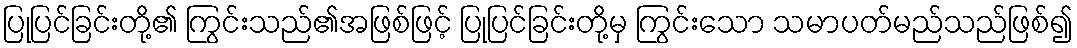
ပြုပြင်ခြင်းတို့၏ ကြွင်းသည်၏အဖြစ်ဖြင့် ပြုပြင်ခြင်းတို့မှ ကြွင်းသော သမာပတ်မည်သည်ဖြစ်၍